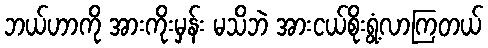
ဘယ်ဟာကို အားကိုးမှန်း မသိဘဲ အားငယ်စိုးရွံ့လာကြတယ်